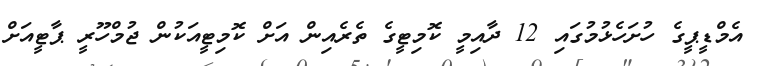
އެމްޑީޕީގެ ހުށަހެޅުމުގައި 12 ދާއިމީ ކޮމިޓީގެ ތެރެއިން އަށް ކޮމިޓީއަކުން ޖުމްހޫރީ ޕާޓީއަށް